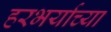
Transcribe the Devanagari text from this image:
हरभर्याच्या